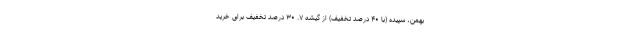
بهمن، سپیده (با ۴۰ درصد تخفیف) از گیشه ۷. ۳۰ درصد تخفیف برای خرید